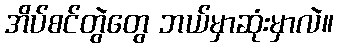
အိပ်စင်တွဲတွေ ဘယ်မှာဆုံးမှာလဲ။